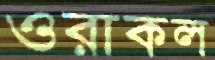
ওরাকল